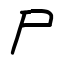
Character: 尸